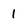
Character: 1